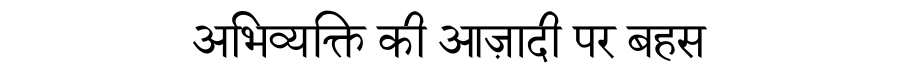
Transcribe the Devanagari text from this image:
अभिव्यक्ति की आज़ादी पर बहस